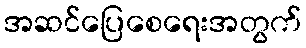
အဆင်ပြေစေရေးအတွက်